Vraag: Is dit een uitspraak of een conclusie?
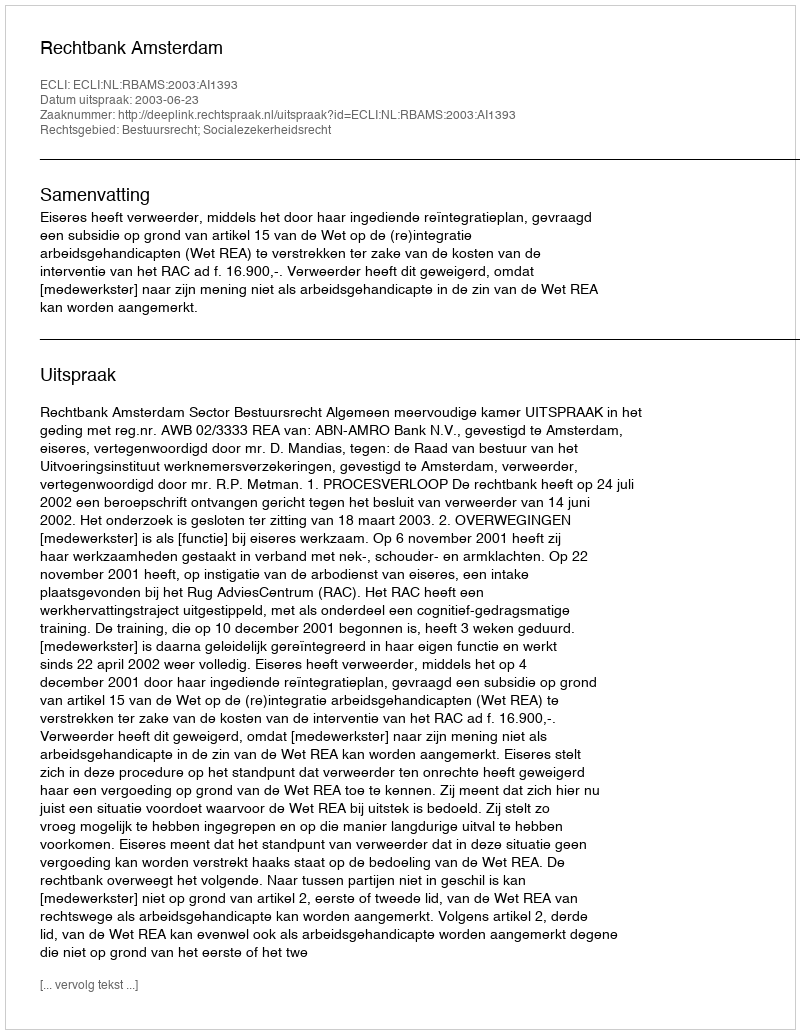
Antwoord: Uitspraak